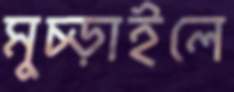
মুচ্‌ড়াইলে